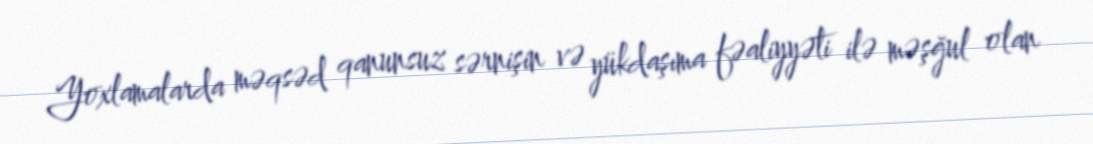
Yoxlamalarda məqsəd qanunsuz sərnişin və yükdaşıma fəaliyyəti ilə məşğul olan